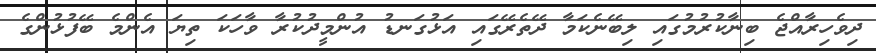
ދިވެހިރާއްޖެ ބިނާކުރުމުގައި ލިބޭނެކަމާ ދޭތެރޭގައި އަޅުގަނޑު އުންމީދުކުރާ ވާހަކަ ތިޔަ އެންމެ ބޭފުޅުންގެ